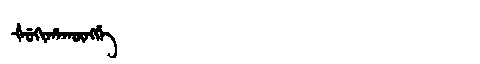
Manchu: ᡧᡠᡴᡳᡥᠠᡴᡡᠩᡤᡝ
Romanization: ŠUKIHAKŪNGGE